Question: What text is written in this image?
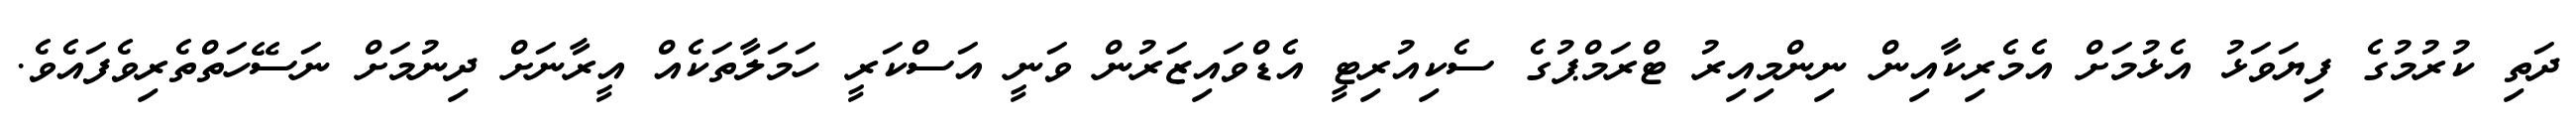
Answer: ދަތި ކުރުމުގެ ފިޔަވަޅު އެޅުމަށް އެމެރިކާއިން ނިންމިއިރު ޓްރަމްޕުގެ ސެކިއުރިޓީ އެޑްވައިޒަރުން ވަނީ އަސްކަރީ ހަމަލާތަކެއް އީރާނަށް ދިނުމަށް ނަސޭހަތްތެރިވެފައެވެ.